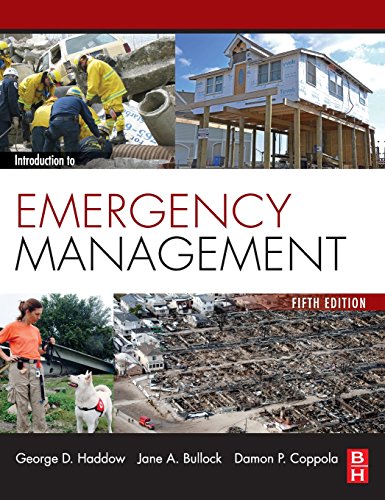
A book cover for Introduction to Emergency Management, Fifth Edition; George Haddow; Engineering & Transportation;